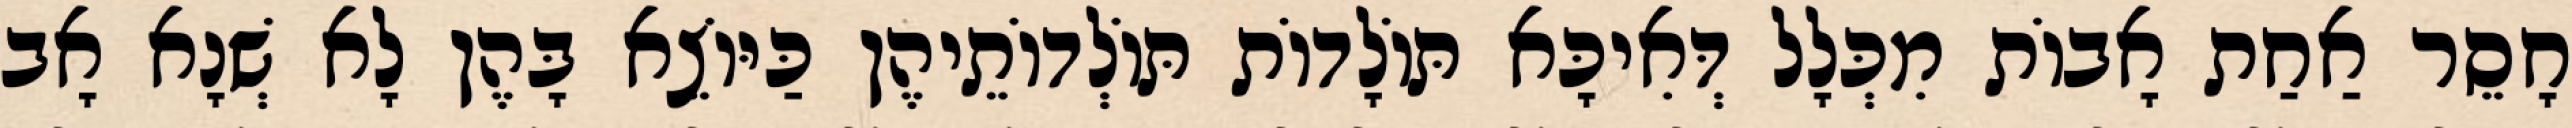
חָסֵר אַחַת אָבוֹת מִכְּלָל דְּאִיכָּא תּוֹלָדוֹת תּוֹלְדוֹתֵיהֶן כַּיּוֹצֵא בָּהֶן לָא שְׁנָא אָב